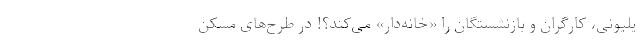
یلیونی، کارگران و بازنشستگان را «خانه‌دار» می‌کند؟! در طرح‌های مسکن